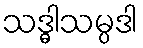
သဒ္ဓါသမ္ပဒါ